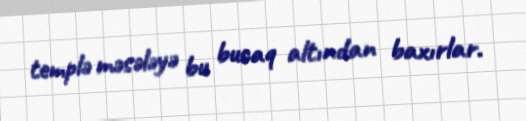
templə məsələyə bu bucaq altından baxırlar.